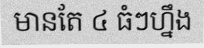
មានតែ ៤ ធំៗហ្នឹង